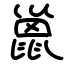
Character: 巤